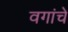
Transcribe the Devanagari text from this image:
वगांचे